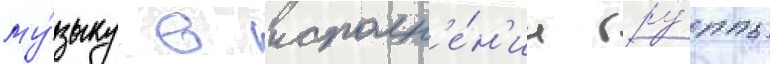
му́зыку в исполн'е́н'ии гру́ппы